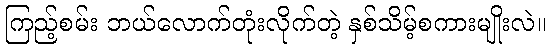
ကြည့်စမ်း ဘယ်လောက်တုံးလိုက်တဲ့ နှစ်သိမ့်စကားမျိုးလဲ။